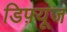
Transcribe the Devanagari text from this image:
डिफ़्यूज